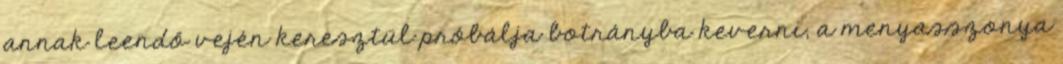
annak leendő vején keresztül próbálja botrányba keverni, a menyasszonya